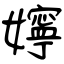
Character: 嬣